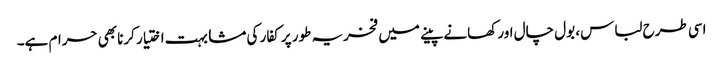
اسی طرح لباس، بول چال اور کھانے پینے میں فخریہ طور پر کفار کی مشابہت اختیار کرنا بھی حرام ہے۔